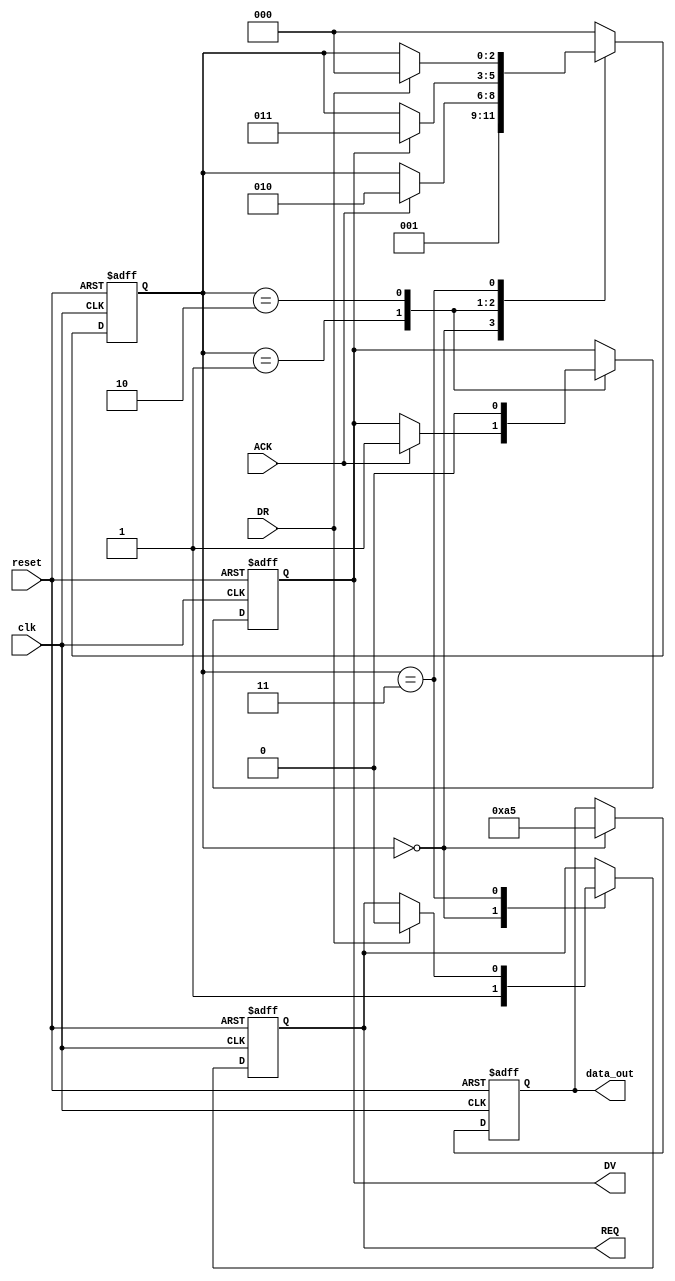
module master(
    input wire clk,
    input wire reset,
    output reg REQ,
    output reg DV,
    output reg [7:0] data_out, // Assuming 8-bit data
    input wire ACK,
    input wire DR
);
    reg [2:0] state;

    localparam IDLE       = 3'b000;
    localparam REQ_SENT   = 3'b001;
    localparam DATA_VALID  = 3'b010;
    localparam WAIT_DR    = 3'b011;
    
    initial begin
        REQ = 0;
        DV = 0;
        data_out = 8'd0;
        state = IDLE;
    end
    
    always @(posedge clk or posedge reset) begin
        if (reset) begin
            REQ <= 0;
            DV <= 0;
            data_out <= 8'd0;
            state <= IDLE;
        end else begin
            case (state)
                IDLE: begin
                    REQ <= 1; // Initiate request
                    data_out <= 8'hA5; // Example data to send
                    state <= REQ_SENT;
                end
                
                REQ_SENT: begin
                    if (ACK) begin
                        DV <= 1; // Set data valid
                        state <= DATA_VALID;
                    end
                end
                
                DATA_VALID: begin
                    if (DV) begin
                        // Data is valid
                        DV <= 0; // Clear data valid after sending
                        state <= WAIT_DR;
                    end
                end
                
                WAIT_DR: begin
                    if (DR) begin
                        REQ <= 0; // Deassert request, end transaction
                        state <= IDLE;
                    end
                end
                
                default: state <= IDLE;
            endcase
        end
    end
endmodule